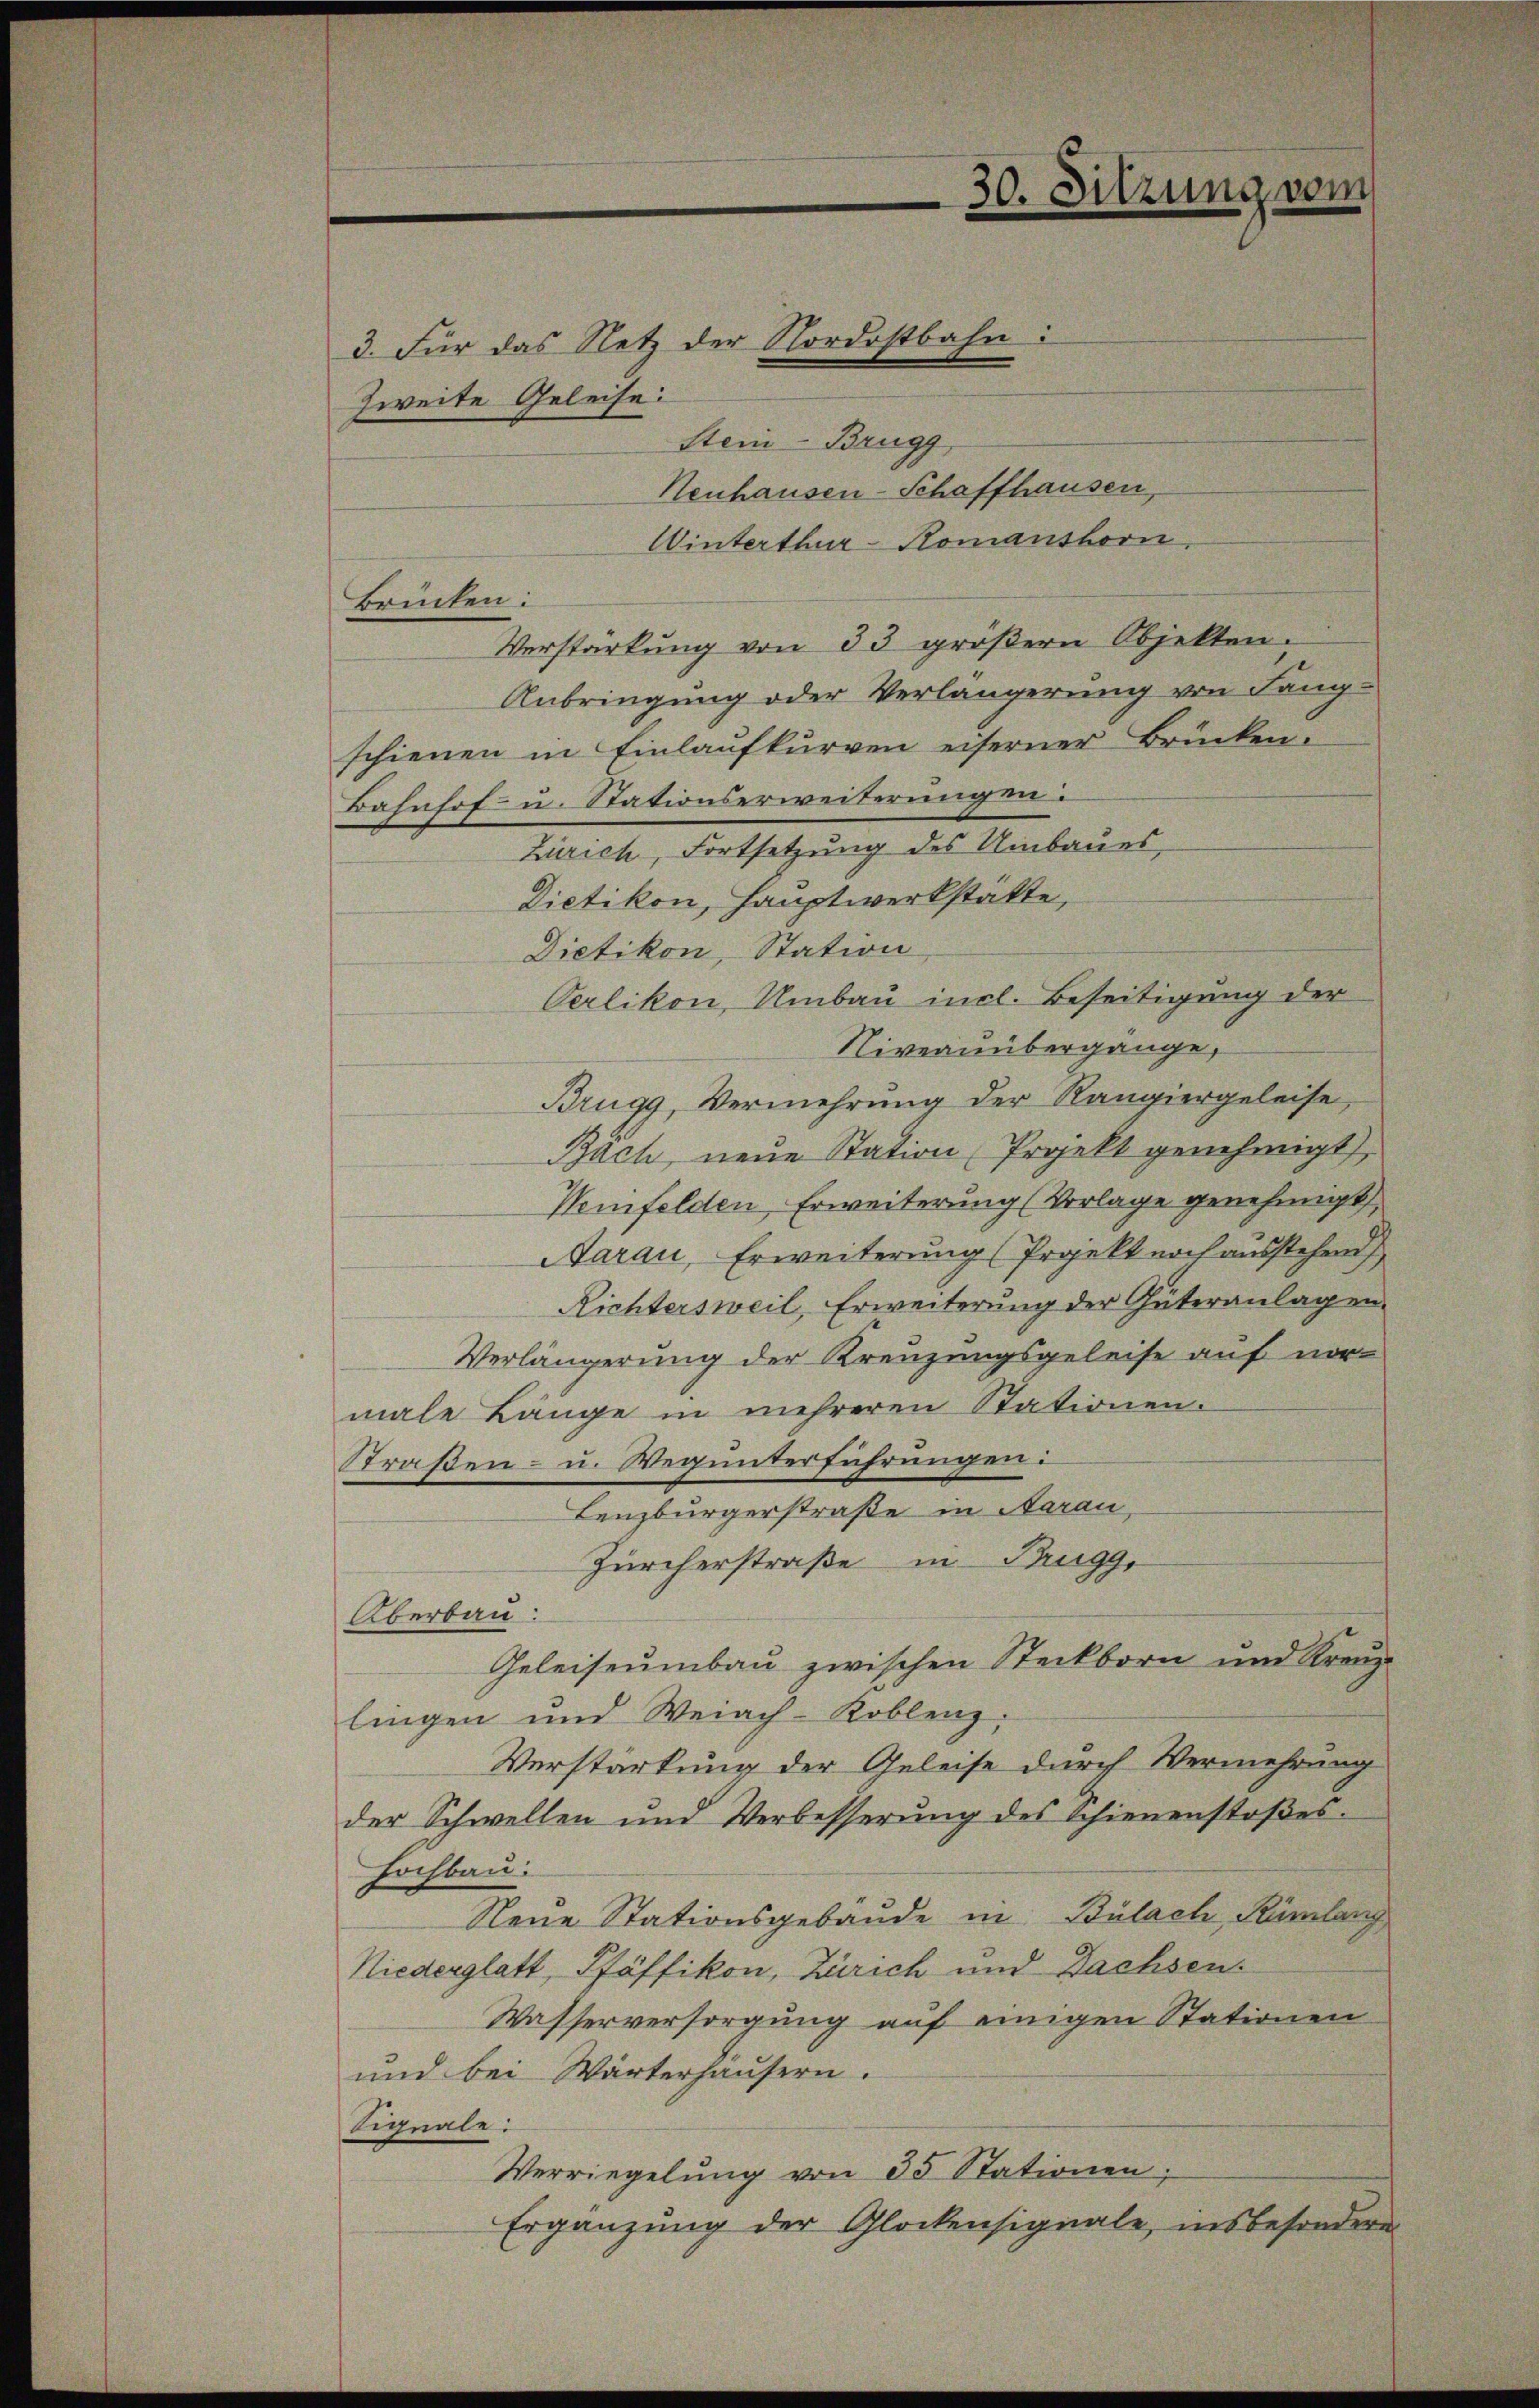
3. Für das Netz der Nordostbahn:

Zweite Geleise
Stein-Brugg,
Neuhausen-Schaffhausen,

Brücken:

Winterthur-Komanshorn
Verstarkŭng von 33 groβern Objekten.
Anbringung oder Verlängerung von Lang-
schienen in Einlaufkurven eiserner Brücken.
Bahnhof u. Stationserweiterungen
Zürich, Fortsetzung des Umbaues
Dietikon, Hauptwerkstätte,
Dietikon, Station
Oerlikon, Umbau incl. Beseitigung der
Niveauübergange,
Brugg, Vermehrung der Rangiergeleise,
Bach, neue Station Projekt genehmigt,
Weinfelden Erweiterung (Vorlage genehmigt,
Aarau, Erweiterung (Projekt noch ausstehend
Richtersweil, Erweiterung der Güteranlagen.
Verlängerung der Kreuzungsgeleise auf nor-
male Länge in mehreren Stationen.
Straßen- u. Wegunterführungen:
Lenzburgerstraße in Aarau,
Zürcherstraße in Trugg,
Überbau:
Geleiseumbau zwischen Steckborn und Kreuze
lingen und Weiach-Koblenz,
Verstärkung der Geleise durch Vermehrung
der Schwellen und Verbesserŭng des Schienenstoβes-
hochbau.
Neue Stationsgebäude in Bülach, Rümlang
Niederglatt, Pfäffikon, Zürich und Dachsen.
Wasserversorgung auf einigen Stationen
und bei Wärterhaŭsern.
Signale:
Verriegelung von 35 Stationen;
Ergänzung der Glockensignale, insbesondere

30. Sitzung vom